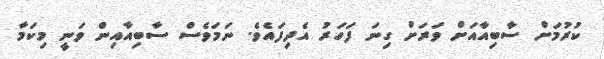
ކުރުމަށް ސާބިއާއަށް ވަރަށް ގިނަ ފަހަރު އެދިފައެވެ. ނަމަވެސް ސާބިއާއިން ވަނީ މިކަމާ